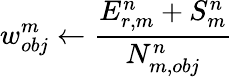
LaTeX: w_{obj}^{m}\leftarrow\frac{E_{r,m}^{n}+S_{m}^{n}}{N_{m,obj}^{n}}